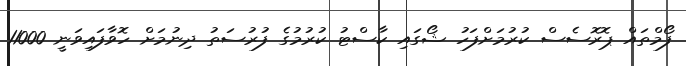
ފޯމްތައް ޕޮރޮސެސް ކުރުމަށްފަހު ޝޯގައި ކާސްޓު ކުރުމުގެ ފުރުސަތު ދިނުމަށް ހޮވާފައިވަނީ 11000